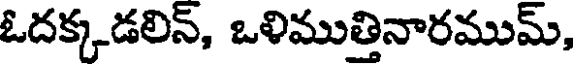
ఓదక్కడలిన్, ఒళిముత్తినారముమ్,